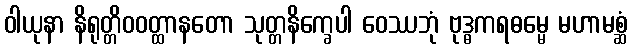
ဝါယုနာ နိရုတ္တိဝဝတ္ထာနတော သုတ္တနိက္ခေပါ ဝေဿဘုံ ဗုဒ္ဓကရဓမ္မေ မဟာမစ္ဆံ